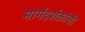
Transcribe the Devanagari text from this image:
मार्गदर्शकांची